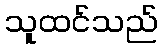
သူထင်သည်